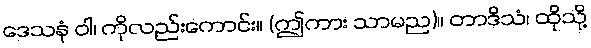
ဒေသနံ ဝါ၊ ကိုလည်းကောင်း။ (ဤကား သာမည)။ တာဒိသံ၊ ထိုသို့